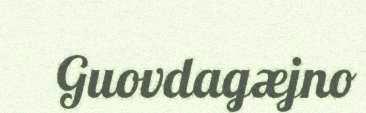
Guovdagæjno